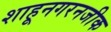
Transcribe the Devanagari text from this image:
शाहूनगरनजीक